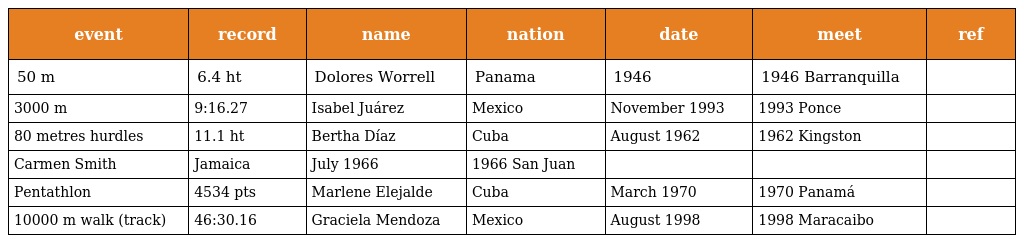
| event | record | name | nation | date | meet | ref |
 | --- | --- | --- | --- | --- | --- | --- |
 | 50 m | 6.4 ht | Dolores Worrell | Panama | 1946 | 1946 Barranquilla |  |
 | 3000 m | 9:16.27 | Isabel Juárez | Mexico | November 1993 | 1993 Ponce |  |
 | 80 metres hurdles | 11.1 ht | Bertha Díaz | Cuba | August 1962 | 1962 Kingston |  |
 | Carmen Smith | Jamaica | July 1966 | 1966 San Juan |  |  |  |
 | Pentathlon | 4534 pts | Marlene Elejalde | Cuba | March 1970 | 1970 Panamá |  |
 | 10000 m walk (track) | 46:30.16 | Graciela Mendoza | Mexico | August 1998 | 1998 Maracaibo |  |